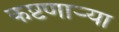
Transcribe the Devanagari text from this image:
कष्टणार्‍या